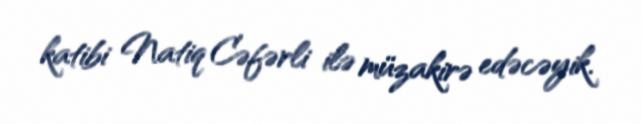
katibi Natiq Cəfərli ilə müzakirə edəcəyik.